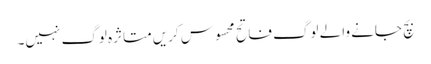
بچ جانے والے لوگ فاتح محسوس کریں متاثرہ لوگ نہیں۔